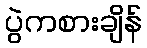
ပွဲကစားချိန်